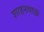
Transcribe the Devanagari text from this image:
शाहनवाझ